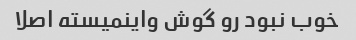
خوب نبود رو گوش واینمیسته اصلا